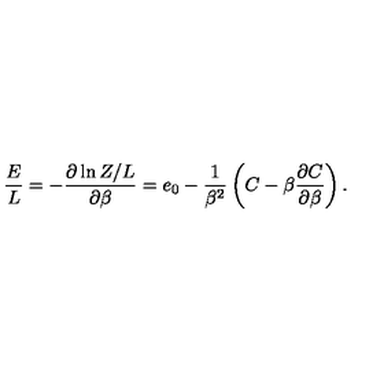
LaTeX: { \frac { E } { L } } = - { \frac { \partial \ln Z / L } { \partial \beta } } = e _ { 0 } - { \frac { 1 } { \beta ^ { 2 } } } \left( C - \beta { \frac { \partial C } { \partial \beta } } \right) .